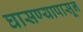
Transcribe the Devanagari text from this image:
घासण्यापासून